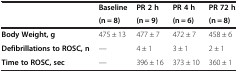
| <ROWSPAN=2>  | Baseline | PR 2 h | PR 4 h | PR 72 h |
 | (n = 8) | (n = 9) | (n = 6) | (n = 8) |
 | --- | --- | --- | --- | --- |
 | Body Weight, g | 475 ± 13 | 477 ± 7 | 472 ± 7 | 458 ± 6 |
 | Defibrillations to ROSC, n | — | 4 ± 1 | 3 ± 1 | 2 ± 1 |
 | Time to ROSC, sec | — | 396 ± 16 | 373 ± 10 | 360 ± 1 |